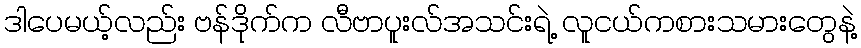
ဒါပေမယ့်လည်း ဗန်ဒိုက်က လီဗာပူးလ်အသင်းရဲ့ လူငယ်ကစားသမားတွေနဲ့